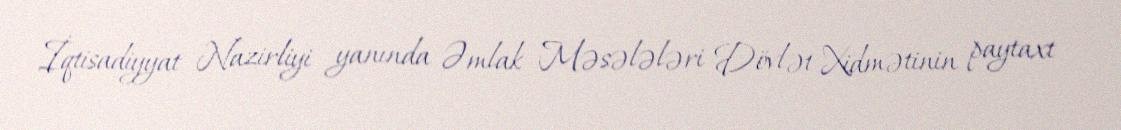
İqtisadiyyat Nazirliyi yanında Əmlak Məsələləri Dövlət Xidmətinin paytaxt